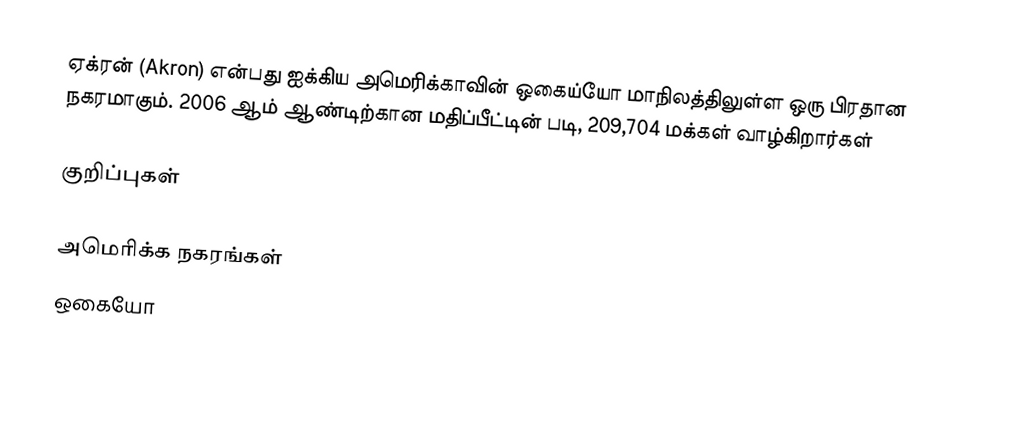
ஏக்ரன் (Akron) என்பது ஐக்கிய அமெரிக்காவின் ஒகைய்யோ மாநிலத்திலுள்ள ஒரு பிரதான நகரமாகும். 2006 ஆம் ஆண்டிற்கான மதிப்பீட்டின் படி, 209,704 மக்கள் வாழ்கிறார்கள்

குறிப்புகள்

அமெரிக்க நகரங்கள்
ஒகையோ